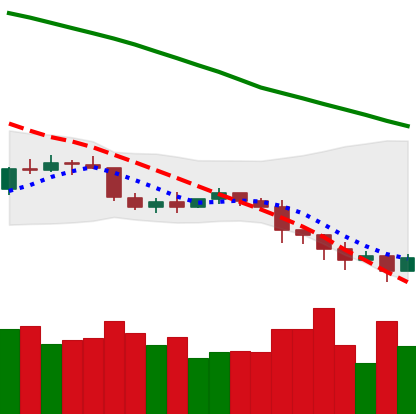
Ticker: ETC-USD
Chart end date: 2022-01-11
Forward return: 8.921%
Label: up_7plus